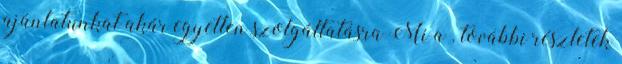
ajánlatunkat akár egyetlen szolgáltatásra Mi a . további részletek